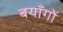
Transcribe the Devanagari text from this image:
बयाँगों